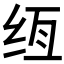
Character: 𰬌